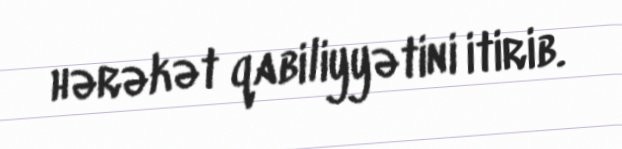
hərəkət qabiliyyətini itirib.